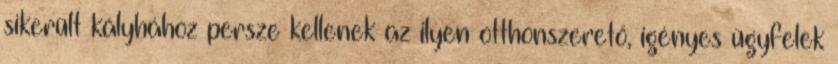
sikerült kályhához persze kellenek az ilyen otthonszerető, igényes ügyfelek